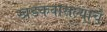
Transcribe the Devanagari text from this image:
खडकवासल्याचे